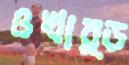
ওখার্ড